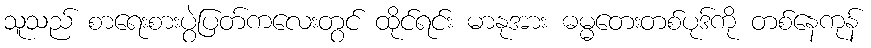
သူသည် စာရေးစားပွဲပြတ်ကလေးတွင် ထိုင်ရင်း မာနုအား ဓမ္မတေးတစ်ပုဒ်ကို တစ်နေကုန်